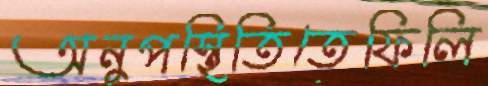
অনুপস্থিতিতেফিলি